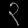
Digit: ၃